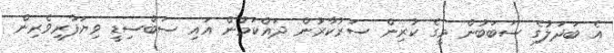
އެ ބަދަލުގެ ސަބަބުން މީގެ ކުރިން ސަރުކާރުން ދައްކަމުން އައި ސަބްސިޑީ ވިޔަފާރިވެރިން